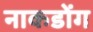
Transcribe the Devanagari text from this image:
नाकडोंग